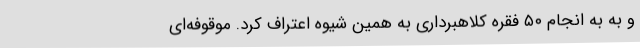
و به به انجام ۵۰ فقره کلاهبرداری به همین شیوه اعتراف کرد. موقوفه‌ای